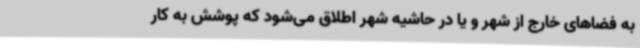
به فضاهای خارج از شهر و یا در حاشیه شهر اطلاق می‌شود که پوشش به کار